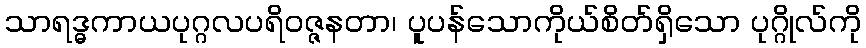
သာရဒ္ဓကာယပုဂ္ဂလပရိဝဇ္ဇနတာ၊ ပူပန်သောကိုယ်စိတ်ရှိသော ပုဂ္ဂိုလ်ကို